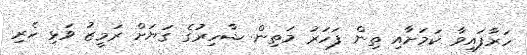
ހަރާފައިވާ ކަމަށާއި ތިން ފަހަރު މަތިން ޝާހިރުގެ ގަޔަށް ރަމީޒު ވަޅި ހެރި